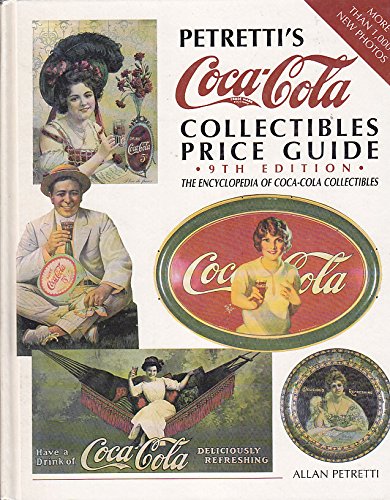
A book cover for Petretti's Coca-Cola Collectibles Price Guide - 9th Edition; The Encyclopedia of Coca-Cola Collectibles; Allan Petretti; Crafts, Hobbies & Home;